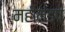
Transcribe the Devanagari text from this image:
महीमंडप